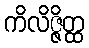
ကိလိဇ္ဇိတ္ထ